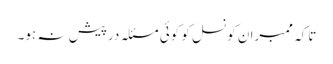
تاکہ ممبران کونسل کو کوئی مسئلہ درپیش نہ ہو۔